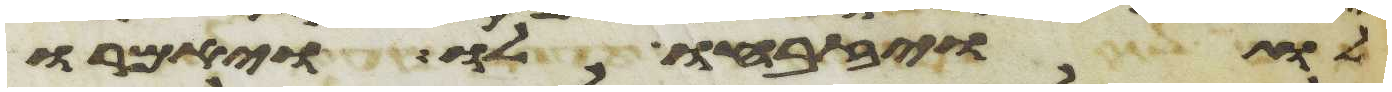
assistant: לו ויזבחו לו ויאמרו